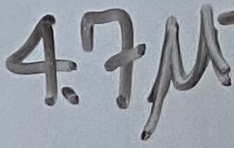
Text: 4.7µ